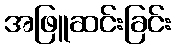
အဖြူဆင်းခြင်း